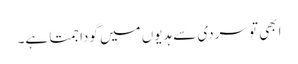
ابھی تو سردی سے ہدیوں میں گودا جمتا ہے۔